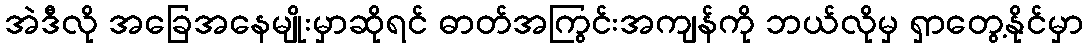
အဲဒီလို အခြေအနေမျိုးမှာဆိုရင် ဓာတ်အကြွင်းအကျန်ကို ဘယ်လိုမှ ရှာတွေ့နိုင်မှာ